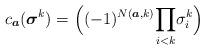
LaTeX: \begin{align*}c_{\boldsymbol{a}}(\boldsymbol{\sigma}^k) = \Big( (-1)^{N(\boldsymbol{a},k)} \displaystyle{\prod_{i<k}} \sigma^k_{i}\Big) \end{align*}